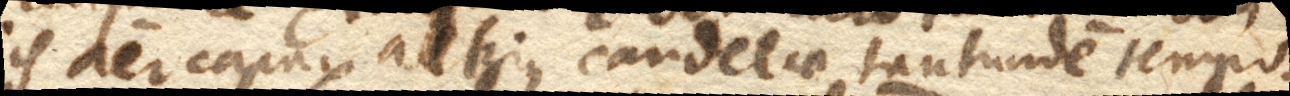
is aer capax alterius candelae tantundem tempo–